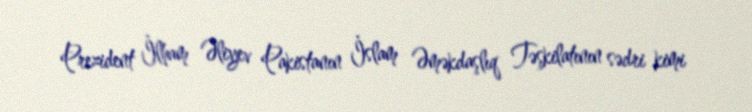
Prezident İlham Əliyev Pakistanın İslam Əməkdaşlıq Təşkilatının sədri kimi